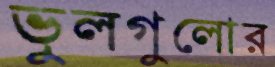
ভুলগুলোর